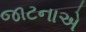
જાટનાએ